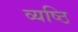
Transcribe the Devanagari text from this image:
व्यष्ठि